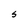
Character: S